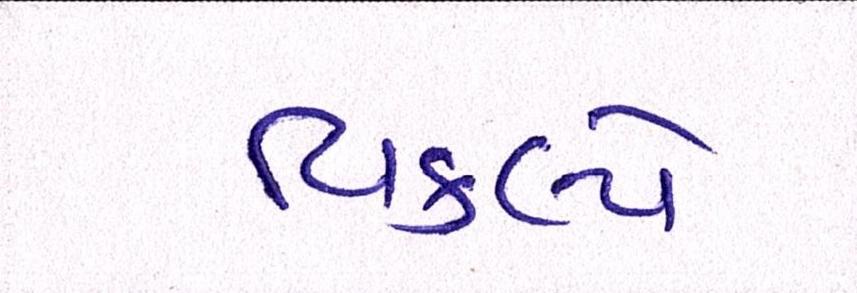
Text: વિકલ્પે